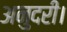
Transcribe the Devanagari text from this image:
अनुदरी।